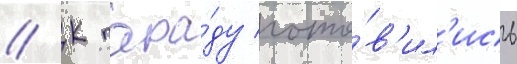
// К пара́ду гото́в'ил'ись